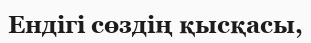
Ендігі сөздің қысқасы,